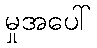
မှုအပေါ်